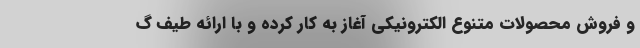
و فروش محصولات متنوع الکترونیکی آغاز به کار کرده و با ارائه طیف گ